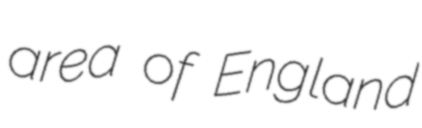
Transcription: area of England